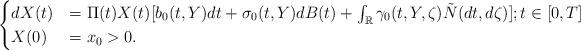
LaTeX: \begin{align*} \begin{cases}dX(t)&=\Pi(t)X(t)[b_0(t,Y)dt+\sigma_0(t,Y)dB(t)+\int_{\mathbb{R}}\gamma_0(t,Y,\zeta)\tilde{N}(dt,d\zeta)]; t\in[0, T]\\X(0)&=x_0>0.\end{cases} \end{align*}